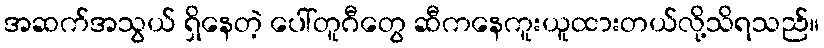
အဆက်အသွယ် ရှိနေတဲ့ ပေါ်တူဂီတွေ ဆီကနေကူးယူထားတယ်လို့သိရသည်။